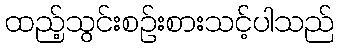
ထည့်သွင်းစဉ်းစားသင့်ပါသည်